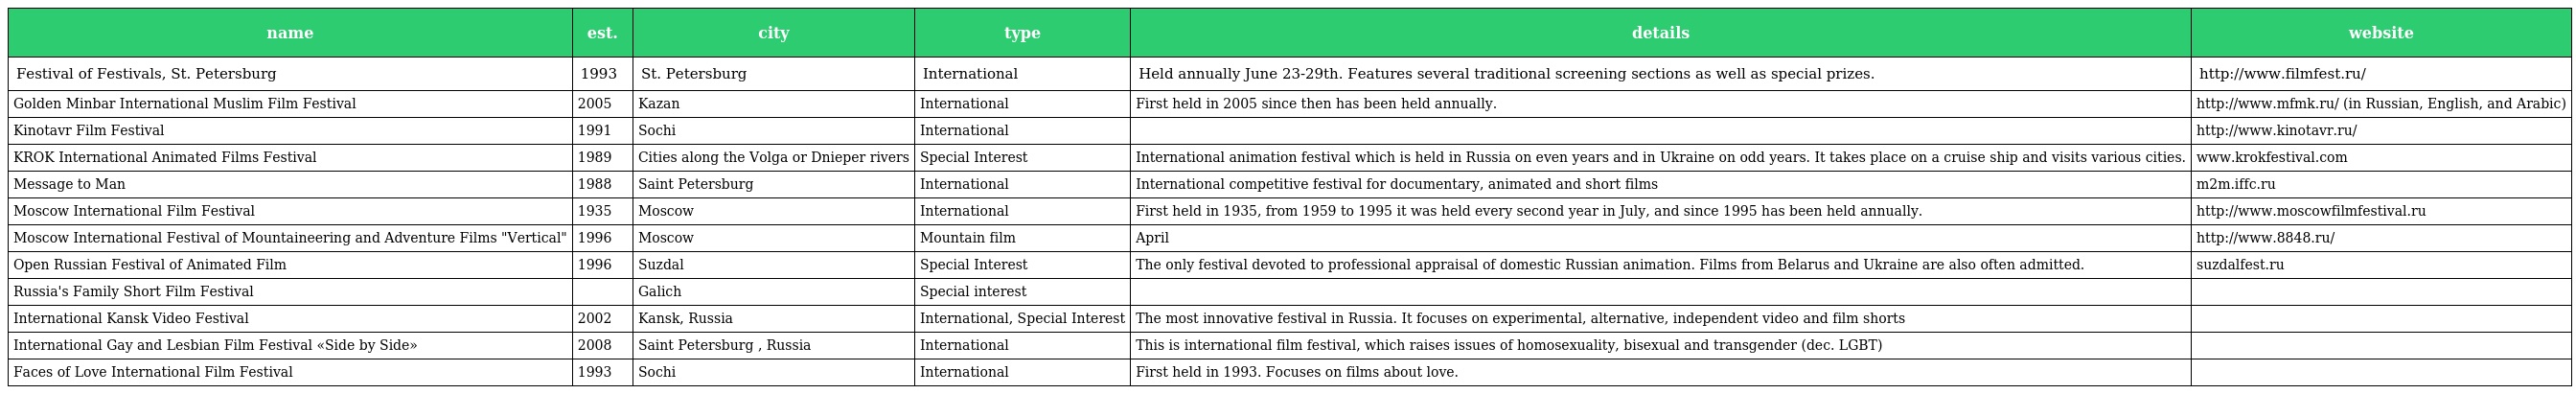
| name | est. | city | type | details | website |
 | --- | --- | --- | --- | --- | --- |
 | Festival of Festivals, St. Petersburg | 1993 | St. Petersburg | International | Held annually June 23-29th. Features several traditional screening sections as well as special prizes. | http://www.filmfest.ru/ |
 | Golden Minbar International Muslim Film Festival | 2005 | Kazan | International | First held in 2005 since then has been held annually. | http://www.mfmk.ru/ (in Russian, English, and Arabic) |
 | Kinotavr Film Festival | 1991 | Sochi | International |  | http://www.kinotavr.ru/ |
 | KROK International Animated Films Festival | 1989 | Cities along the Volga or Dnieper rivers | Special Interest | International animation festival which is held in Russia on even years and in Ukraine on odd years. It takes place on a cruise ship and visits various cities. | www.krokfestival.com |
 | Message to Man | 1988 | Saint Petersburg | International | International competitive festival for documentary, animated and short films | m2m.iffc.ru |
 | Moscow International Film Festival | 1935 | Moscow | International | First held in 1935, from 1959 to 1995 it was held every second year in July, and since 1995 has been held annually. | http://www.moscowfilmfestival.ru |
 | Moscow International Festival of Mountaineering and Adventure Films "Vertical" | 1996 | Moscow | Mountain film | April | http://www.8848.ru/ |
 | Open Russian Festival of Animated Film | 1996 | Suzdal | Special Interest | The only festival devoted to professional appraisal of domestic Russian animation. Films from Belarus and Ukraine are also often admitted. | suzdalfest.ru |
 | Russia's Family Short Film Festival |  | Galich | Special interest |  |  |
 | International Kansk Video Festival | 2002 | Kansk, Russia | International, Special Interest | The most innovative festival in Russia. It focuses on experimental, alternative, independent video and film shorts |  |
 | International Gay and Lesbian Film Festival «Side by Side» | 2008 | Saint Petersburg , Russia | International | This is international film festival, which raises issues of homosexuality, bisexual and transgender (dec. LGBT) |  |
 | Faces of Love International Film Festival | 1993 | Sochi | International | First held in 1993. Focuses on films about love. |  |